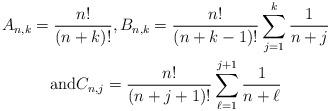
LaTeX: \begin{gather*} A_{n,k}=\frac{n!}{(n+k)!}, B_{n,k}=\frac{n!}{(n+k-1)!}\sum_{j=1}^k\frac{1}{n+j}\\\mbox{and} C_{n,j}=\frac{n!}{(n+j+1)!}\sum_{\ell=1}^{j+1}\frac{1}{n+\ell}\end{gather*}